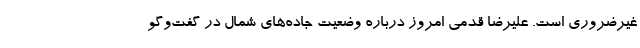
غیرضروری است. علیرضا قدمی امروز درباره وضعیت جاده‌های شمال در گفت‌وگو